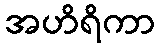
အဟိရိကာ